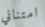
امتناني